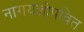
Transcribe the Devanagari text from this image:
नागयज्ञोपवित